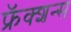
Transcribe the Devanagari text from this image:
फ्रॅक्शन्स